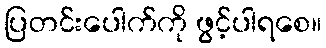
ပြတင်းပေါက်ကို ဖွင့်ပါရစေ။